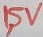
Text: 1,5V